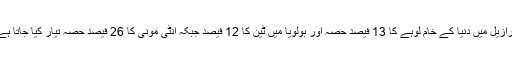
برازیل میں دنیا کے خام لوہے کا 13 فیصد حصہ اور بولویا میں ٹین کا 12 فیصد جبکہ انٹی مونی کا 26 فیصد حصہ تیار کیا جاتا ہے۔